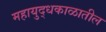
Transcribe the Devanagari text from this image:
महायुद्धकाळातील